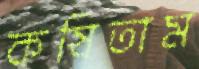
কষিতাম